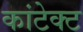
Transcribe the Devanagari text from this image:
कांटेक्‍ट